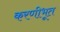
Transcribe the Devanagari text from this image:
करणीभूत